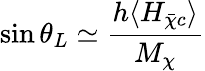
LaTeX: \sin\theta_{L}\simeq\frac{h\langle H_{\bar{\chi}c}\rangle}{M_{\chi}}